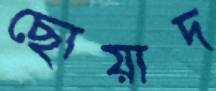
ছোয়াদ